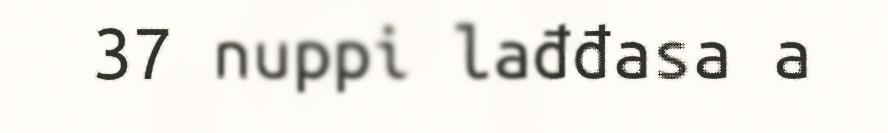
37 nuppi lađđasa a